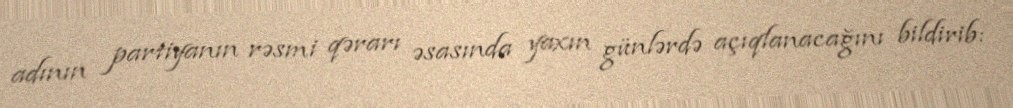
adının partiyanın rəsmi qərarı əsasında yaxın günlərdə açıqlanacağını bildirib: